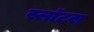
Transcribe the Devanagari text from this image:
स्लॉटस